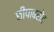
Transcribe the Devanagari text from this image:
छीपाबरोद